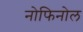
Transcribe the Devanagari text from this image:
नोफिनोल